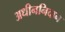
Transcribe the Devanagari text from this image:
अधीननिदान